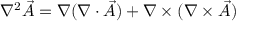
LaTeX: \nabla ^ { 2 } { \vec { A } } = \nabla ( \nabla \cdot { \vec { A } } ) + \nabla \times ( \nabla \times { \vec { A } } )